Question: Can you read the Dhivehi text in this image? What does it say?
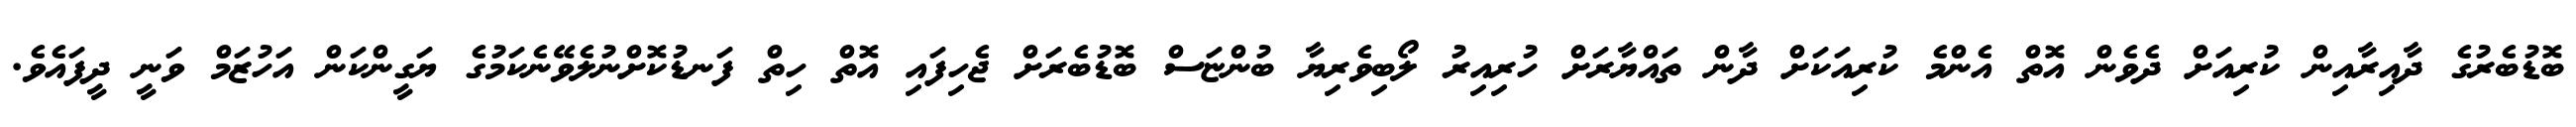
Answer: ބޮޑުބެރުގެ ދާއިރާއިން ކުރިއަށް ދެވެން އޮތް އެންމެ ކުރިއަކަށް ދާން ތައްޔާރަށް ހުރިއިރު ލޯބިވެރިޔާ ބުންޏަސް ބޮޑުބެރަށް ޖެހިފައި އޮތް ހިތް ފަނޑުކޮށްނުލެވޭނެކަމުގެ ޔަގީންކަން އަހުޒަމް ވަނީ ދީފައެވެ.